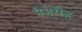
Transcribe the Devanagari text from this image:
मैमरीज़